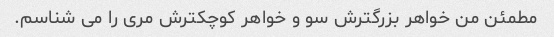
مطمئن من خواهر بزرگترش سو و خواهر کوچکترش مری را می شناسم.